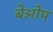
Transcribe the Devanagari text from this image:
बेओप